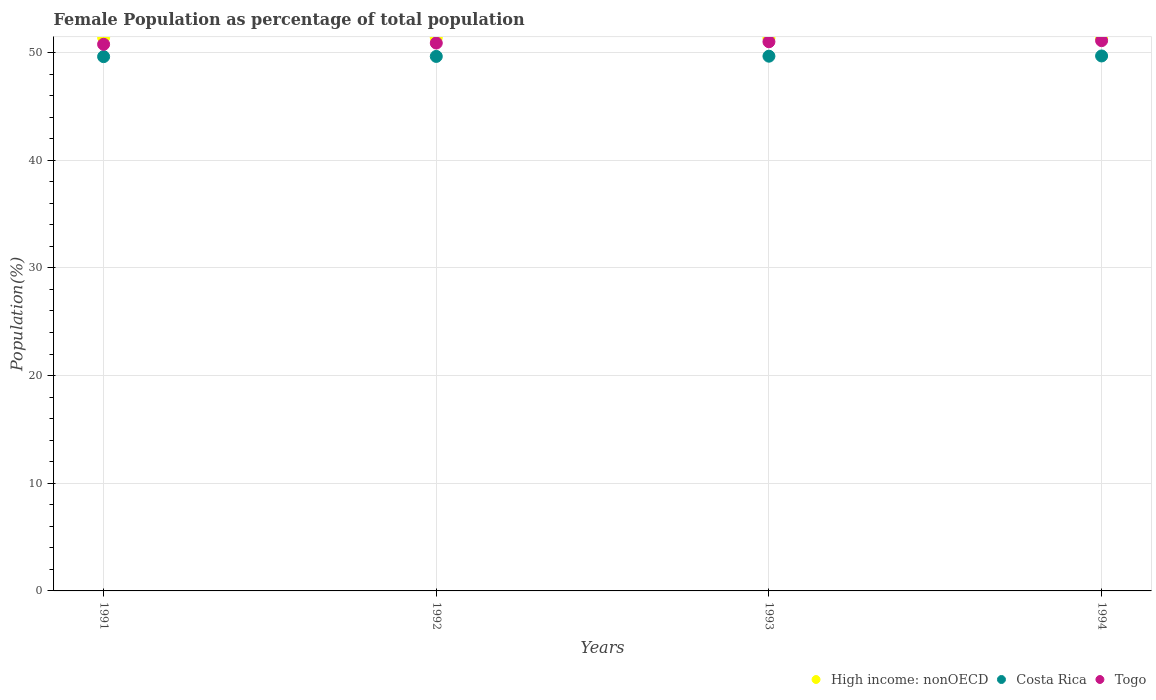
| Years | High income: nonOECD | Costa Rica | Togo |
 | --- | --- | --- | --- |
 | 1991 | 51.4 | 49.6 | 50.8 |
 | 1992 | 51.4 | 49.6 | 50.9 |
 | 1993 | 51.3 | 49.7 | 51 |
 | 1994 | 51.3 | 49.7 | 51.1 |